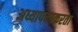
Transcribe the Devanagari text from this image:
अध्यापनाकरता